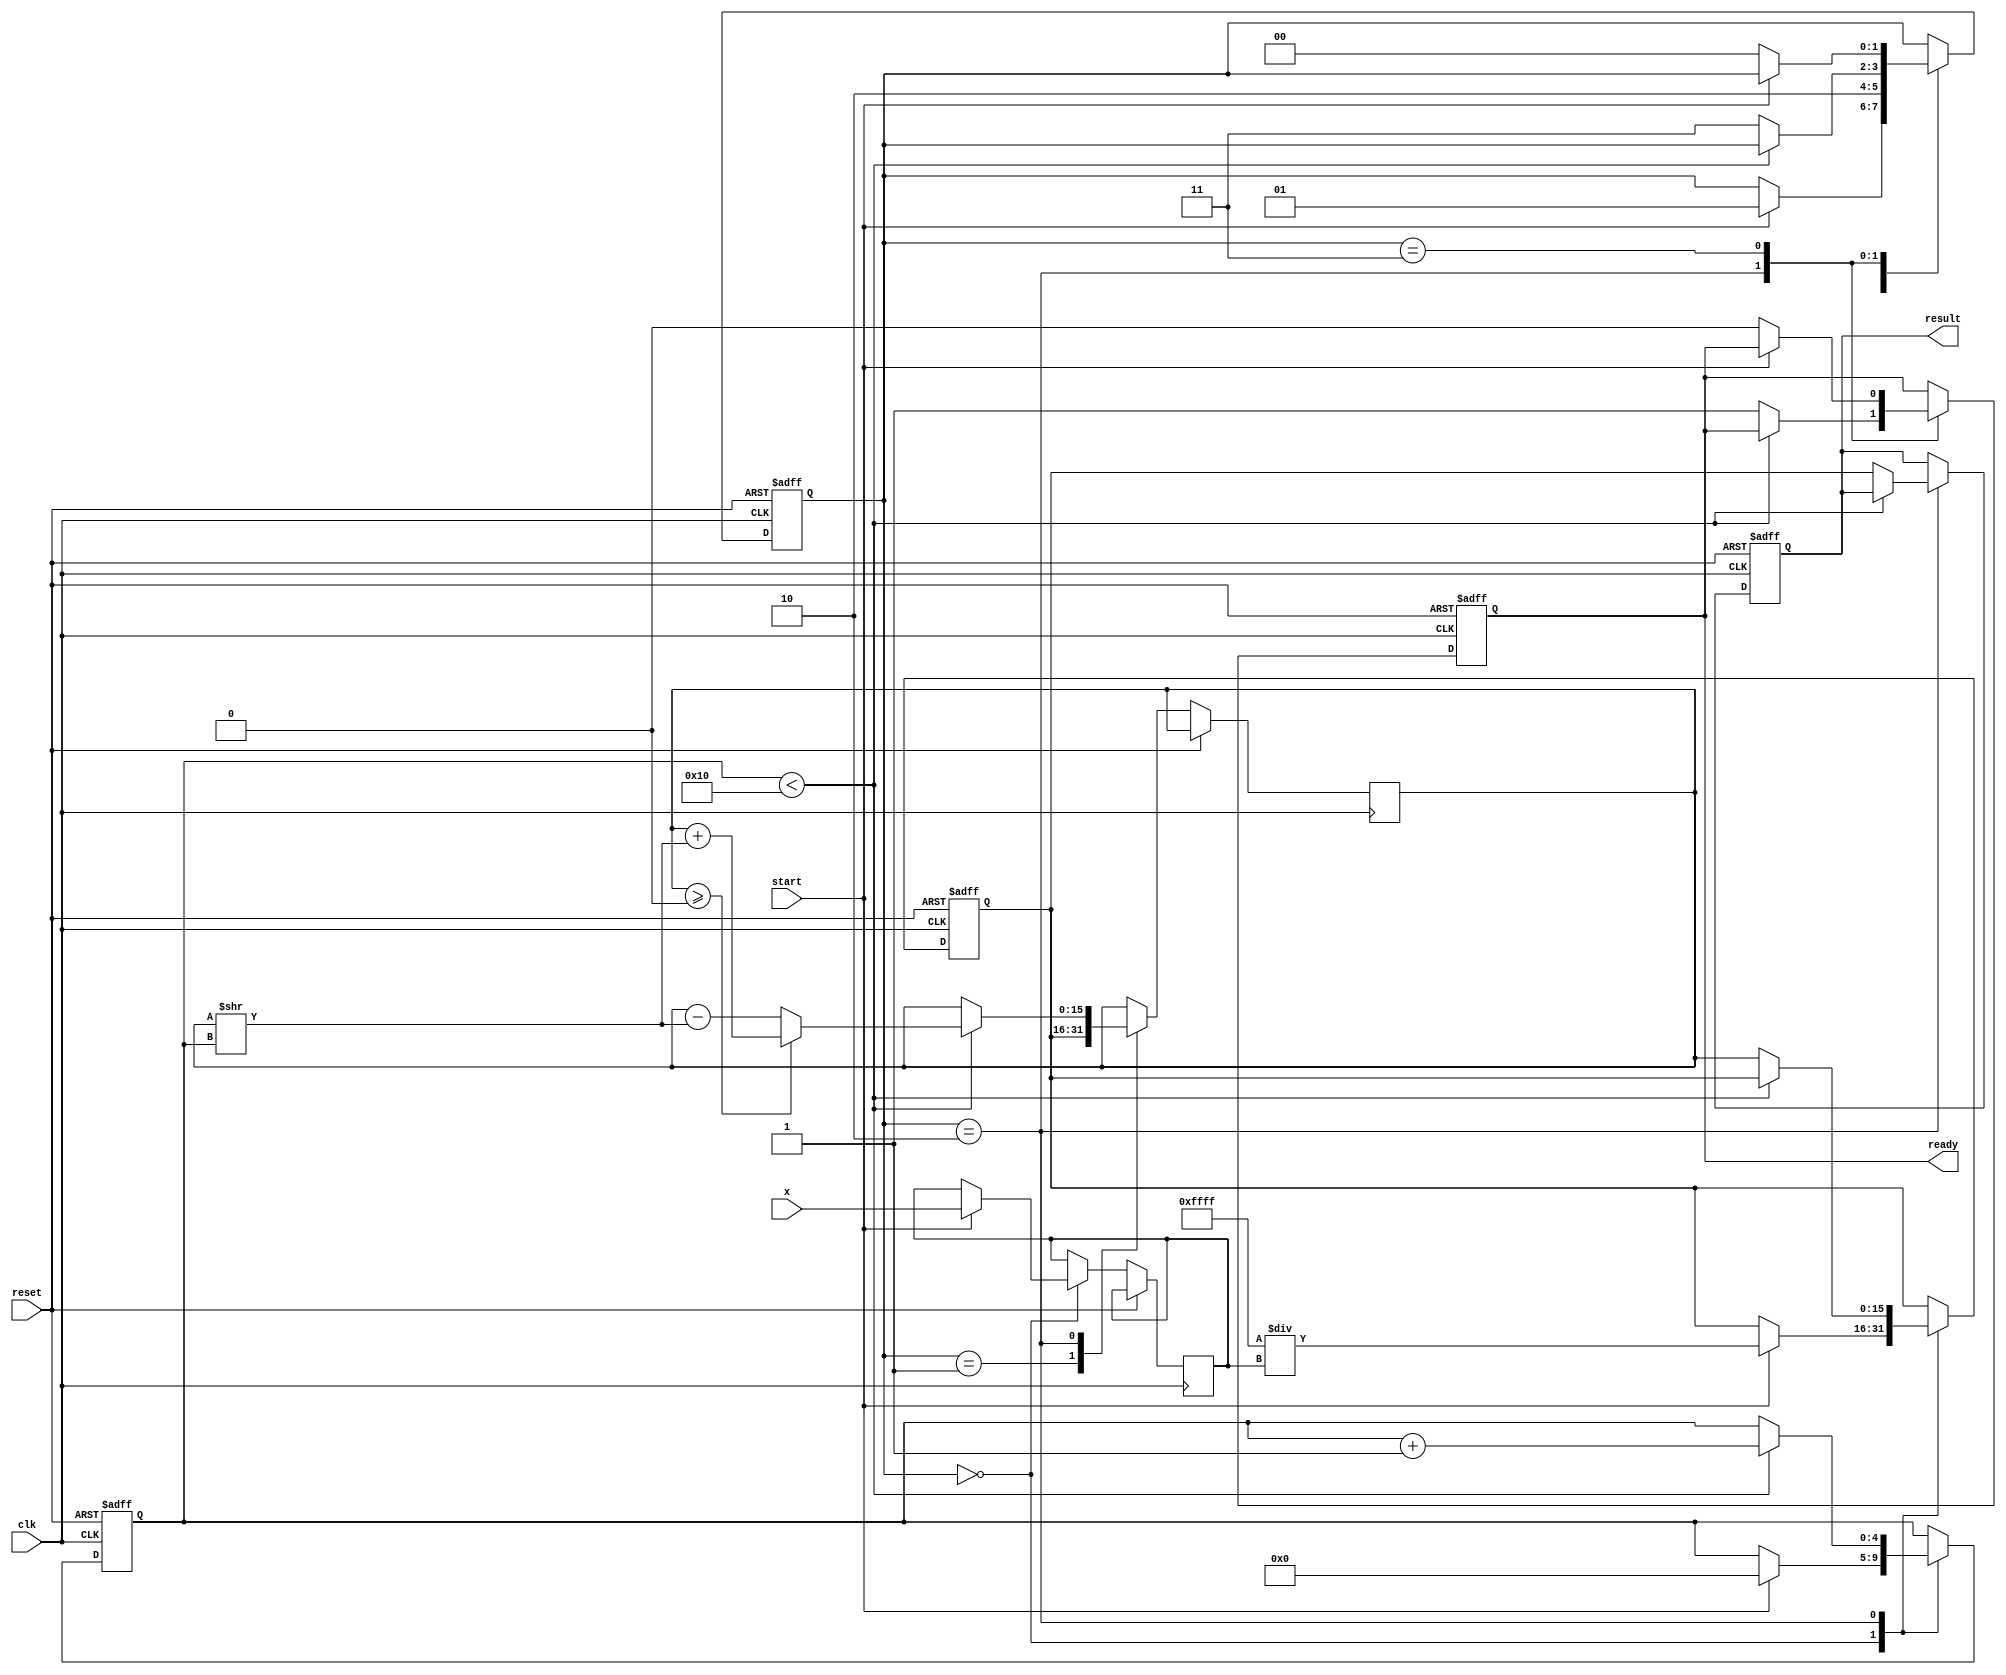
module cordic_reciprocal #(
    parameter N = 16,              // Number of bits for fixed-point representation
    parameter ITERATIONS = 16      // Number of CORDIC iterations
)(
    input wire [N-1:0] x,          // Input value
    input wire clk,                 // Clock signal
    input wire reset,               // Active-high reset
    input wire start,               // Start signal
    output reg [N-1:0] result,      // Result of the reciprocal calculation
    output reg ready                // Indicates valid output
);

    // Internal registers
    reg [N-1:0] z;                  // Current approximation of reciprocal
    reg [N-1:0] x_reg;              // Registered input value
    reg [4:0] iteration;            // Iteration counter
    reg [1:0] state;                // State machine state
    reg [N-1:0] angle [0:ITERATIONS-1]; // Rotation angles
    reg [N-1:0] x_temp, z_temp;     // Temporary variables for calculations

    // Initialize rotation angles (arctan(2^-i) for i = 0, 1, ..., ITERATIONS-1)
    initial begin
        angle[0] = 16'h1C71; // Approximation of arctan(2^0)
        angle[1] = 16'h0B6D; // Approximation of arctan(2^-1)
        angle[2] = 16'h05A8; // Approximation of arctan(2^-2)
        angle[3] = 16'h02D7; // Approximation of arctan(2^-3)
        // Continue filling in angles for additional iterations
        // ...
        angle[15] = 16'h0001; // Final angle for last iteration
    end

    // State machine for control logic
    localparam IDLE = 2'b00, START = 2'b01, WORK = 2'b10, DONE = 2'b11;
    
    always @(posedge clk or posedge reset) begin
        if (reset) begin
            result <= 0;
            ready <= 0;
            iteration <= 0;
            state <= IDLE;
            z <= 0;
        end else begin
            case (state)
                IDLE: begin
                    if (start) begin
                        x_reg <= x; // Load input
                        z <= {N{1'b1}} / x_reg; // Initial guess for reciprocal
                        iteration <= 0;
                        state <= START;
                    end
                end

                START: begin
                    // Start CORDIC iterations
                    z_temp <= z;
                    x_temp <= x_reg;
                    state <= WORK;
                end
                
                WORK: begin
                    if (iteration < ITERATIONS) begin
                        // CORDIC rotation logic
                        if (z_temp >= 0) begin
                            z_temp <= z_temp + (z_temp >> iteration);
                            x_temp <= x_temp - (x_temp >> iteration);
                        end else begin
                            z_temp <= z_temp - (z_temp >> iteration);
                            x_temp <= x_temp + (x_temp >> iteration);
                        end
                        iteration <= iteration + 1;
                    end else begin
                        z <= z_temp; // Final approximation
                        result <= z;
                        ready <= 1;
                        state <= DONE;
                    end
                end
                
                DONE: begin
                    if (!start) begin
                        ready <= 0; // Wait for next start
                        state <= IDLE;
                    end
                end
            endcase
        end
    end

endmodule